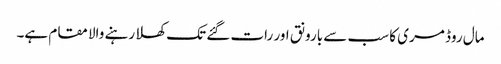
مال روڈ مری کا سب سے بارونق اور رات گئے تک کھلا رہنے والا مقام ہے۔